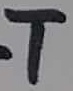
Text: T